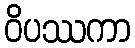
ဝိပဿကာ